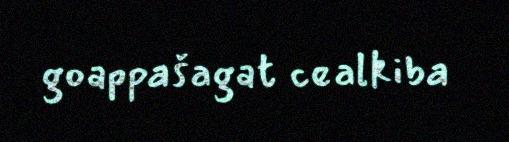
goappašagat cealkiba